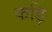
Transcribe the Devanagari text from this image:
कड़ि